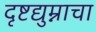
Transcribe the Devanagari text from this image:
दृष्टद्युम्नाचा